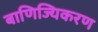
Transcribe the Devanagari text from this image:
बाणिज्यिकरण